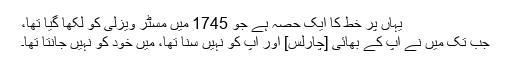
یہاں پر خط کا ایک حصہ ہے جو 1745 میں مسٹر ویزلی کو لکھا گیا تھا،
جب تک میں نے آپ کے بھائی [چارلس] اور آپ کو نہیں سُنا تھا، میں خود کو نہیں جانتا تھا۔